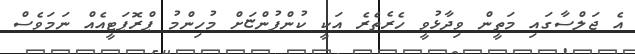
އެ ޖަލްސާގައި މަތީން ވިދާޅުވީ ހެރެތެރެ އަކީ ކުންފުންޏަށް މުހިންމު ޕްރޮޕަޓީއެއް ނަމަވެސް